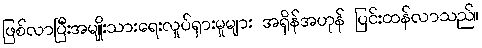
ဖြစ်လာပြီးအမျိုးသားရေးလှုပ်ရှားမှုများ အရှိန်အဟုန် ပြင်းထန်လာသည်။